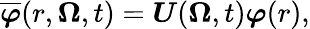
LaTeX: \overline{{\boldsymbol{\varphi}}}(r,\boldsymbol{\Omega},t)=\boldsymbol{U}(\boldsymbol{\Omega},t)\boldsymbol{\varphi}(r),